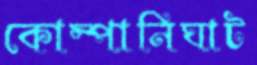
কোম্পানিঘাট